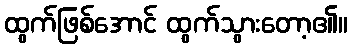
ထွက်ဖြစ်အောင် ထွက်သွားတော့၏။